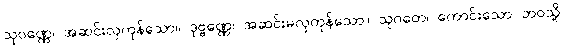
သုဝဏ္ဏေ၊ အဆင်းလှကုန်သော။ ဒုဗ္ဗဏ္ဏေ၊ အဆင်းမလှကုန်သော။ သုဂတေ၊ ကောင်းသော ဘဝသို့